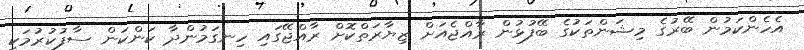
އެހެންކަމުން ބޭރުގެ މިޝަންތަކުގެ ބޭފުޅުން ރާއްޖެއަށް ޒިޔާރަތްކޮށް ރާއްޖޭގައި ހިނގަމުންދާ ކަންކަން ސާފުކުރުމަކީ